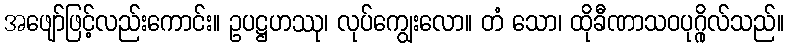
အဖျော်ဖြင့်လည်းကောင်း။ ဥပဋ္ဌဟဿု၊ လုပ်ကျွေးလော။ တံ သော၊ ထိုခီဏာသဝပုဂ္ဂိုလ်သည်။